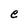
Character: e